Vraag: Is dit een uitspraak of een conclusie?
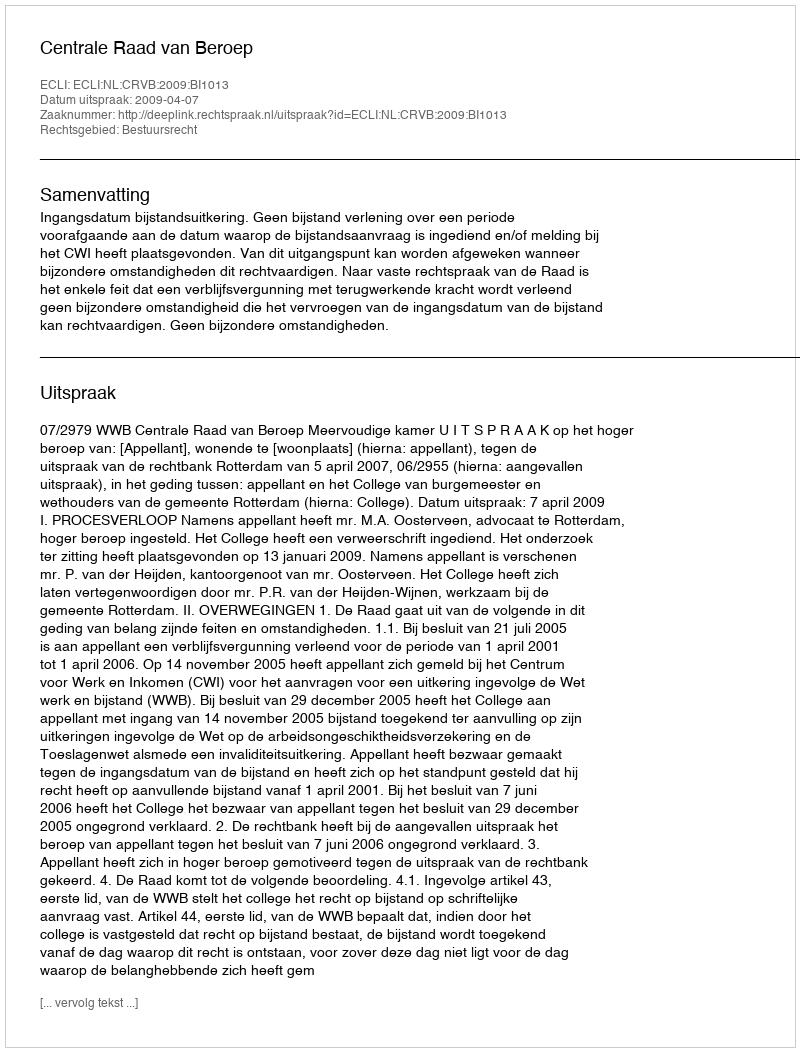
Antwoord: Uitspraak